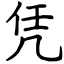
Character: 凭